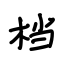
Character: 档